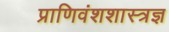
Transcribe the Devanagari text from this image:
प्राणिवंशशास्त्रज्ञ